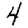
Digit: 4